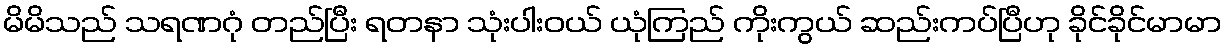
မိမိသည် သရဏဂုံ တည်ပြီး ရတနာ သုံးပါးဝယ် ယုံကြည် ကိုးကွယ် ဆည်းကပ်ပြီဟု ခိုင်ခိုင်မာမာ